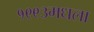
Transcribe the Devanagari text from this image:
१९९३मधला